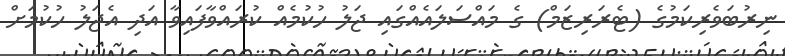
ނިރުބަވެރިކަމުގެ (ޓެރަރިޒަމް) ގެ މައްސަލައެއްގައި ޖަލު ހުކުމެއް ކުރައްވާފައިވާ އަދި އެޖަލު ހުކުމަށް